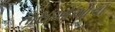
તારાઓઓના